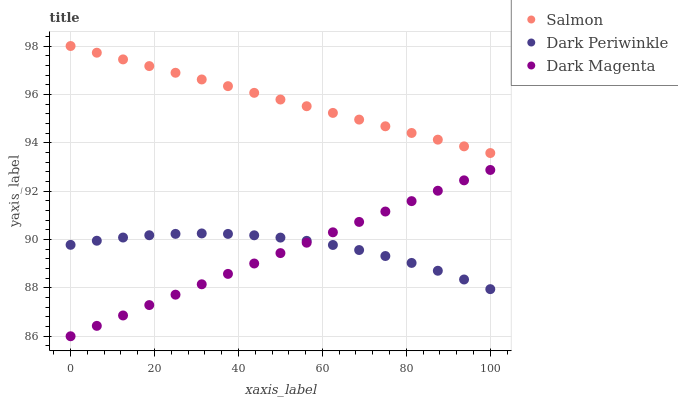
| xaxis_label | Salmon | Dark Periwinkle | Dark Magenta |
 | --- | --- | --- | --- |
 | 0 | 98 | 89.8 | 86 |
 | 6.25 | 97.7 | 89.9 | 86.4 |
 | 12.5 | 97.4 | 90.1 | 86.9 |
 | 18.8 | 97.2 | 90.2 | 87.3 |
 | 25 | 96.9 | 90.2 | 87.7 |
 | 31.2 | 96.6 | 90.3 | 88.1 |
 | 37.5 | 96.3 | 90.2 | 88.6 |
 | 43.8 | 96.1 | 90.2 | 89 |
 | 50 | 95.8 | 90.1 | 89.4 |
 | 56.2 | 95.5 | 89.9 | 89.9 |
 | 62.5 | 95.2 | 89.8 | 90.3 |
 | 68.8 | 95 | 89.6 | 90.7 |
 | 75 | 94.7 | 89.3 | 91.2 |
 | 81.2 | 94.4 | 89 | 91.6 |
 | 87.5 | 94.1 | 88.7 | 92 |
 | 93.8 | 93.9 | 88.3 | 92.4 |
 | 100 | 93.6 | 87.9 | 92.9 |